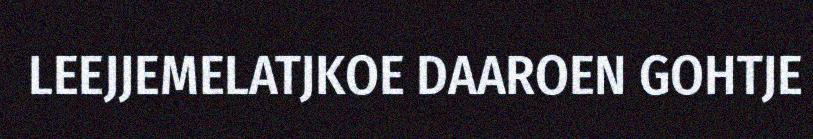
LEEJJEMELATJKOE DAAROEN GOHTJE